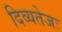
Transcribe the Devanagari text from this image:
दिव्यतेजः